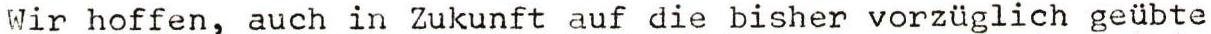
Wir hoffen, auch in Zukunft auf die bisher vorzüglich geübte